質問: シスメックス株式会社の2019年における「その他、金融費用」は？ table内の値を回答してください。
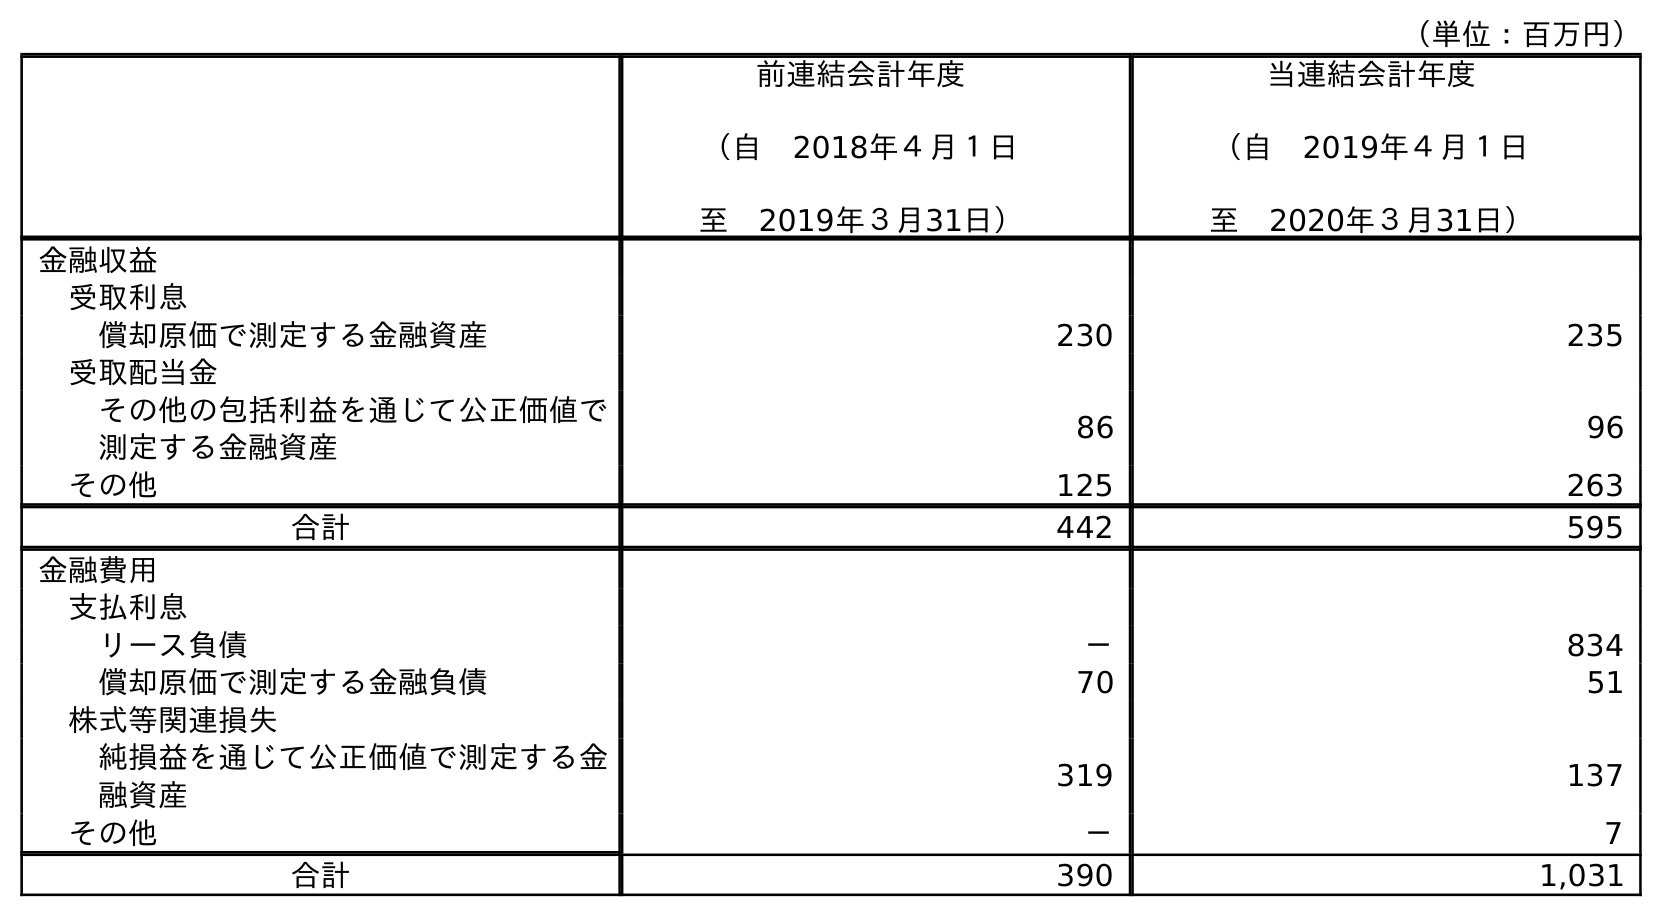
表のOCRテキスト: （単位：百万円） 前連結会計年度 （自 2018年４月１日 至 2019年３月31日） 当連結会計年度 （自 2019年４月１日 至 2020年３月31日） 金融収益 受取利息 償却原価で測定する金融資産 230 235 受取配当金 その他の包括利益を通じて公正価値で 測定する金融資産 86 96 その他 125 263 合計 442 595 金融費用 支払利息 リース負債 － 834 償却原価で測定する金融負債 70 51 株式等関連損失 純損益を通じて公正価値で測定する金 融資産 319 137 その他 － 7 合計 390 1,031
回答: －